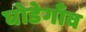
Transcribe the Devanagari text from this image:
घोडेगाँव